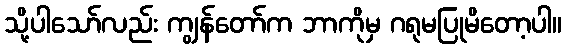
သို့ပါသော်လည်း ကျွန်တော်က ဘာကိုမှ ဂရုမပြုမိတော့ပါ။